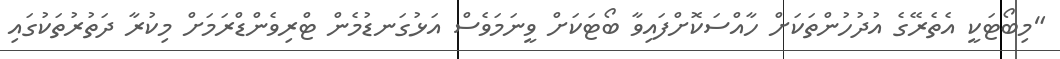
"މިބޯޓަކީ އެތެރޭގެ އުދުހުންތަކަށް ހާއްސަކޮށްފައިވާ ބޯޓަކަށް ވީނަމަވެސް އަޅުގަނޑުމެން ޓްރިވެންޑްރަމަށް މިކުރާ ދަތުރުތަކުގައި